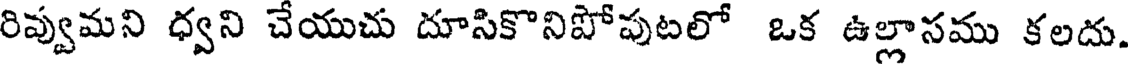
రివ్వుమని ధ్వని చేయుచు దూసికొనిపోపుటలో ఒక ఉల్లాసము కలదు.